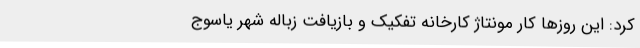
کرد: این روزها کار مونتاژ کارخانه تفکیک و بازیافت زباله شهر یاسوج